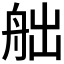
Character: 𦨥